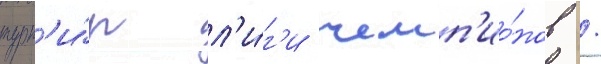
турн'и́р л'и́г'и чемп'ио́нов /